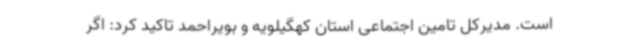
است. مدیرکل تامین اجتماعی استان کهگیلویه و بویراحمد تاکید کرد: اگر